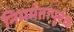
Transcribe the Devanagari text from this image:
निमर्मतापूर्वक